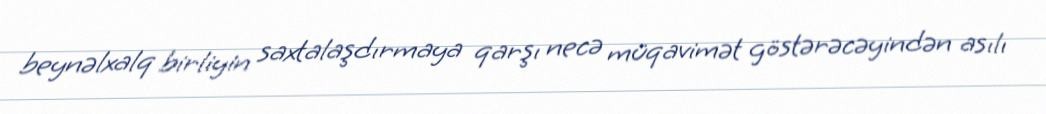
beynəlxalq birliyin saxtalaşdırmaya qarşı necə müqavimət göstərəcəyindən asılı